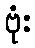
ဗုံး